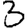
Digit: 3